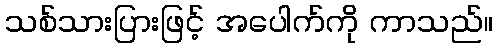
သစ်သားပြားဖြင့် အပေါက်ကို ကာသည်။